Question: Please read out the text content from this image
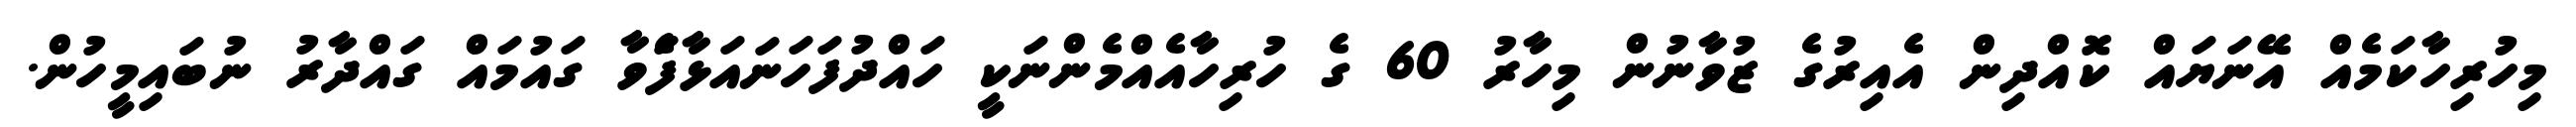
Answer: މިހުރިހާކަމެއް އޭނަޔައް ކޮއްދިން އެއިރުގެ ޒުވާނުން މިހާރު 60 ގެ ހުރިހާއެއްމެންނަކީ ހައްދުފަހަނައަޅާފަެވާ ގައުމައް ގައްދާރު ނުބައިމީހުން.